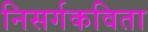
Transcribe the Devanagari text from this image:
निसर्गकविता